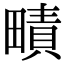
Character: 𤳎